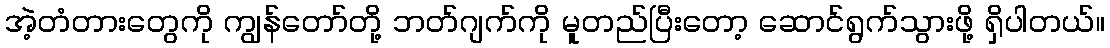
အဲ့တံတားတွေကို ကျွန်တော်တို့ ဘတ်ဂျက်ကို မူတည်ပြီးတော့ ဆောင်ရွက်သွားဖို့ ရှိပါတယ်။